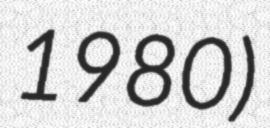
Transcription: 1980)